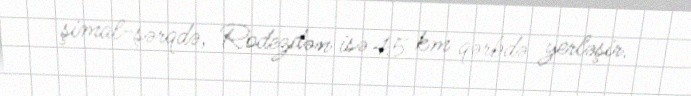
şimal-şərqdə, Rodezdən isə 45 km qərbdə yerləşir.